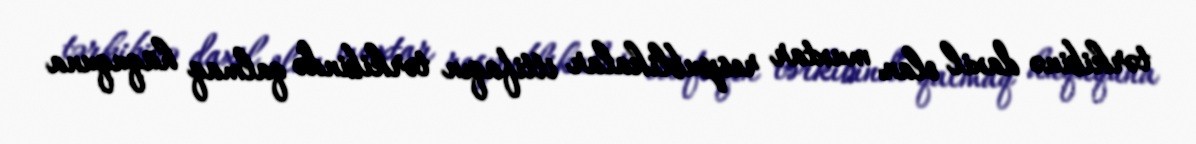
tərkibinə daxil olan muxtar respublikalar ittifaqın tərkibində qalmaq hüququna